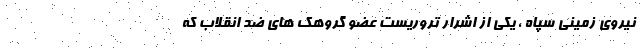
نیروی زمینی سپاه ، یکی از اشرار تروریست عضو گروهک های ضد انقلاب که